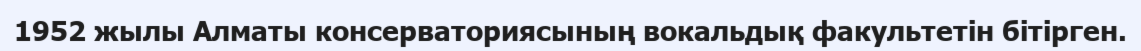
1952 жылы Алматы консерваториясының вокальдық факультетін бітірген.